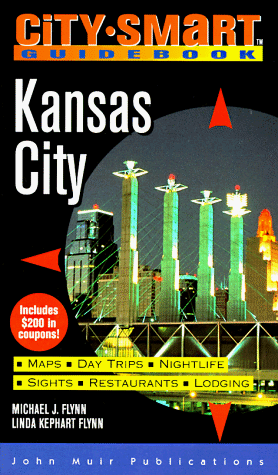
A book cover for City Smart Guidebook Kansas City (1st ed); Michael J. Flynn; Travel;